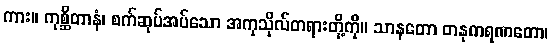
ကား။ ကုစ္ဆိတာနံ၊ စက်ဆုပ်အပ်သော အကုသိုလ်တရားတို့ကို။ သာနတော တနုကရဏတော၊